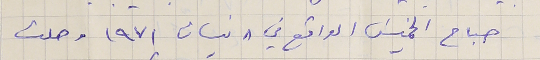
صباح الخميسَ الواقع في ٨ نسان ١٩٧١ وصلت